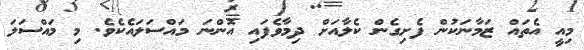
މިއީ އެތައް ޒަމާނަކުން ފެށިގެން ކެލާއަށް ދިމާވެފައި އޮންނަ މައްސަލައެކެެވެ. މި މައްސަލަ